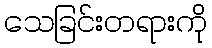
သေခြင်းတရားကို